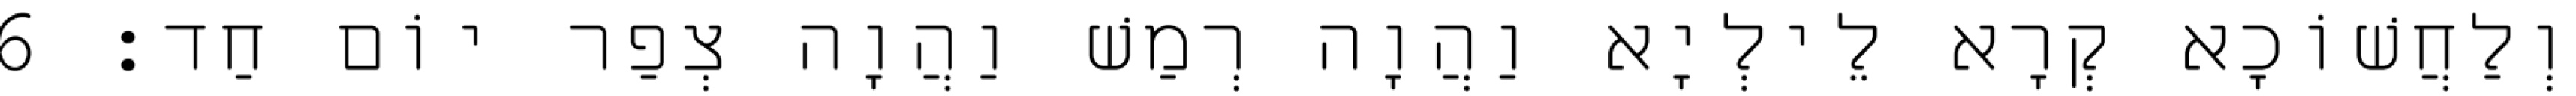
וְלַחֲשׁוֹכָא קְרָא לֵילְיָא וַהֲוָה רְמַשׁ וַהֲוָה צְפַר יוֹם חַד׃ 6